Kures,_Voldemar, lk 26
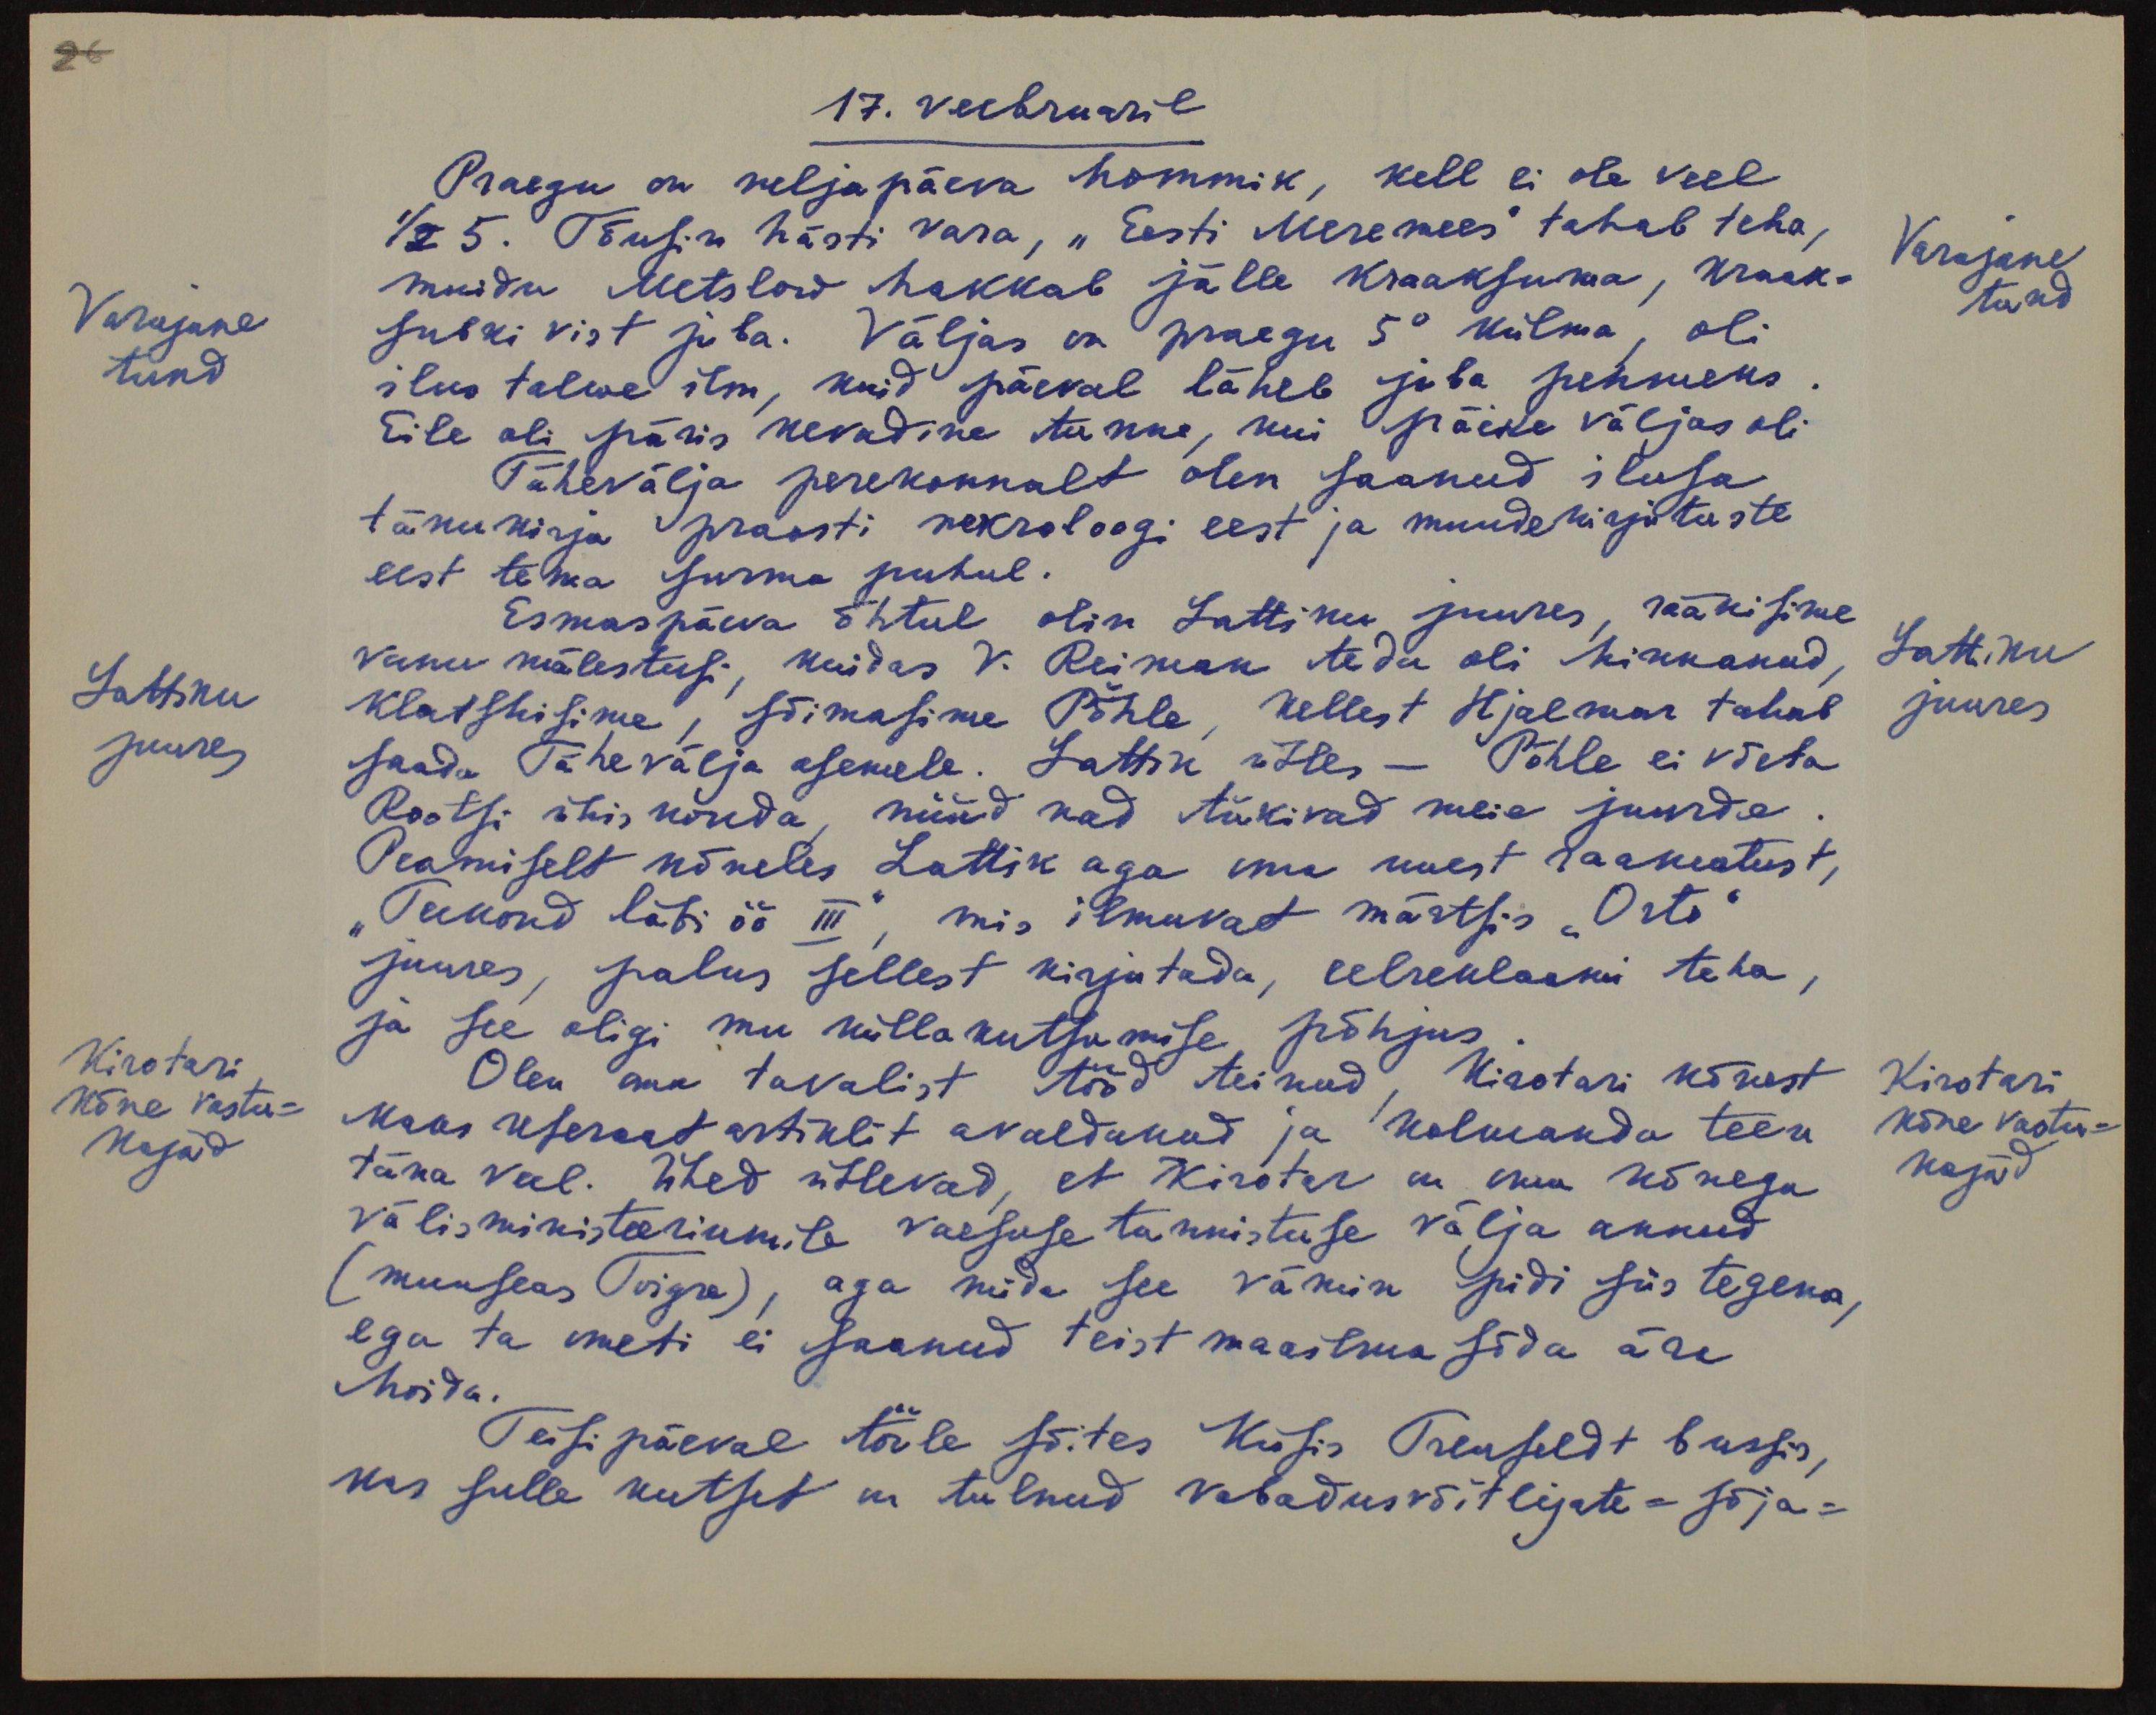
26
17. veebruaril
Praegu on neljapäeva hommik, kell ei ole veel
1/2 5. Tõusin hästi vara, "Eesti Meremees" tahab teha,
Varajane
tund
Varajane
tund
muidu Metslow hakkab jälle kraaksuma, kraak-
subki vist juba. Väljas on praegu 5° külma, oli
ilus talwe ilm, kuid päeval läheb juba pehmeks
Eile oli päris kevadine tunne, kui päike väljas oli
Tähevälja perekonnalt olen saanud ilusa
tänukirja praosti neuroloogi eest ja muude kirjutuste
eest tema surma puhul.
Esmaspäeva õhtul olin Lattiku juures, rääkisime
Lattiku
juures
Lattiku
juures
vanu mälestusi, kuidas V. Reiman teda oli hinnanud,
klatshisime, sõimasime Pöhle, kellest Hjalmar tahab
saada Tähevälja asemele. Lattik ütles - Pöhle ei võeta
Rootsi ühiskonda, nüüd nad tükivad meie juurde.
Peamiselt kõneles Lattik aga oma uuest raamatust,
"Teekond läbi öö III" mis ilmuvat märtsis "Orto"
juures, palus sellest kirjutada, eelreklaami teha,
Kirotari
kõne vastu-
kajad
ja see oligi mu küllakutsumise põhjus
Olen oma tavalist tööd teinud, Kirotari kõnest
Kirotari
kõne vastu-
kajad
kaks referaat artiklit avaldanud ja kolmanda teen
täna veel. Ühed ütlevad, et Kirotar on oma kõnega
välisministeeriumile vaesuse tunnistuse välja annud
(muuseas Toigre), aga mida see vämin pidi siis tegema,
ega ta ometi ei saanud teist maailma sõda ära
hoida.
Teisipäeval tööle sõites küsis Treufeldt bussis,
kas sulle kutset on tulnud vabadusvõitlejate - sõja-